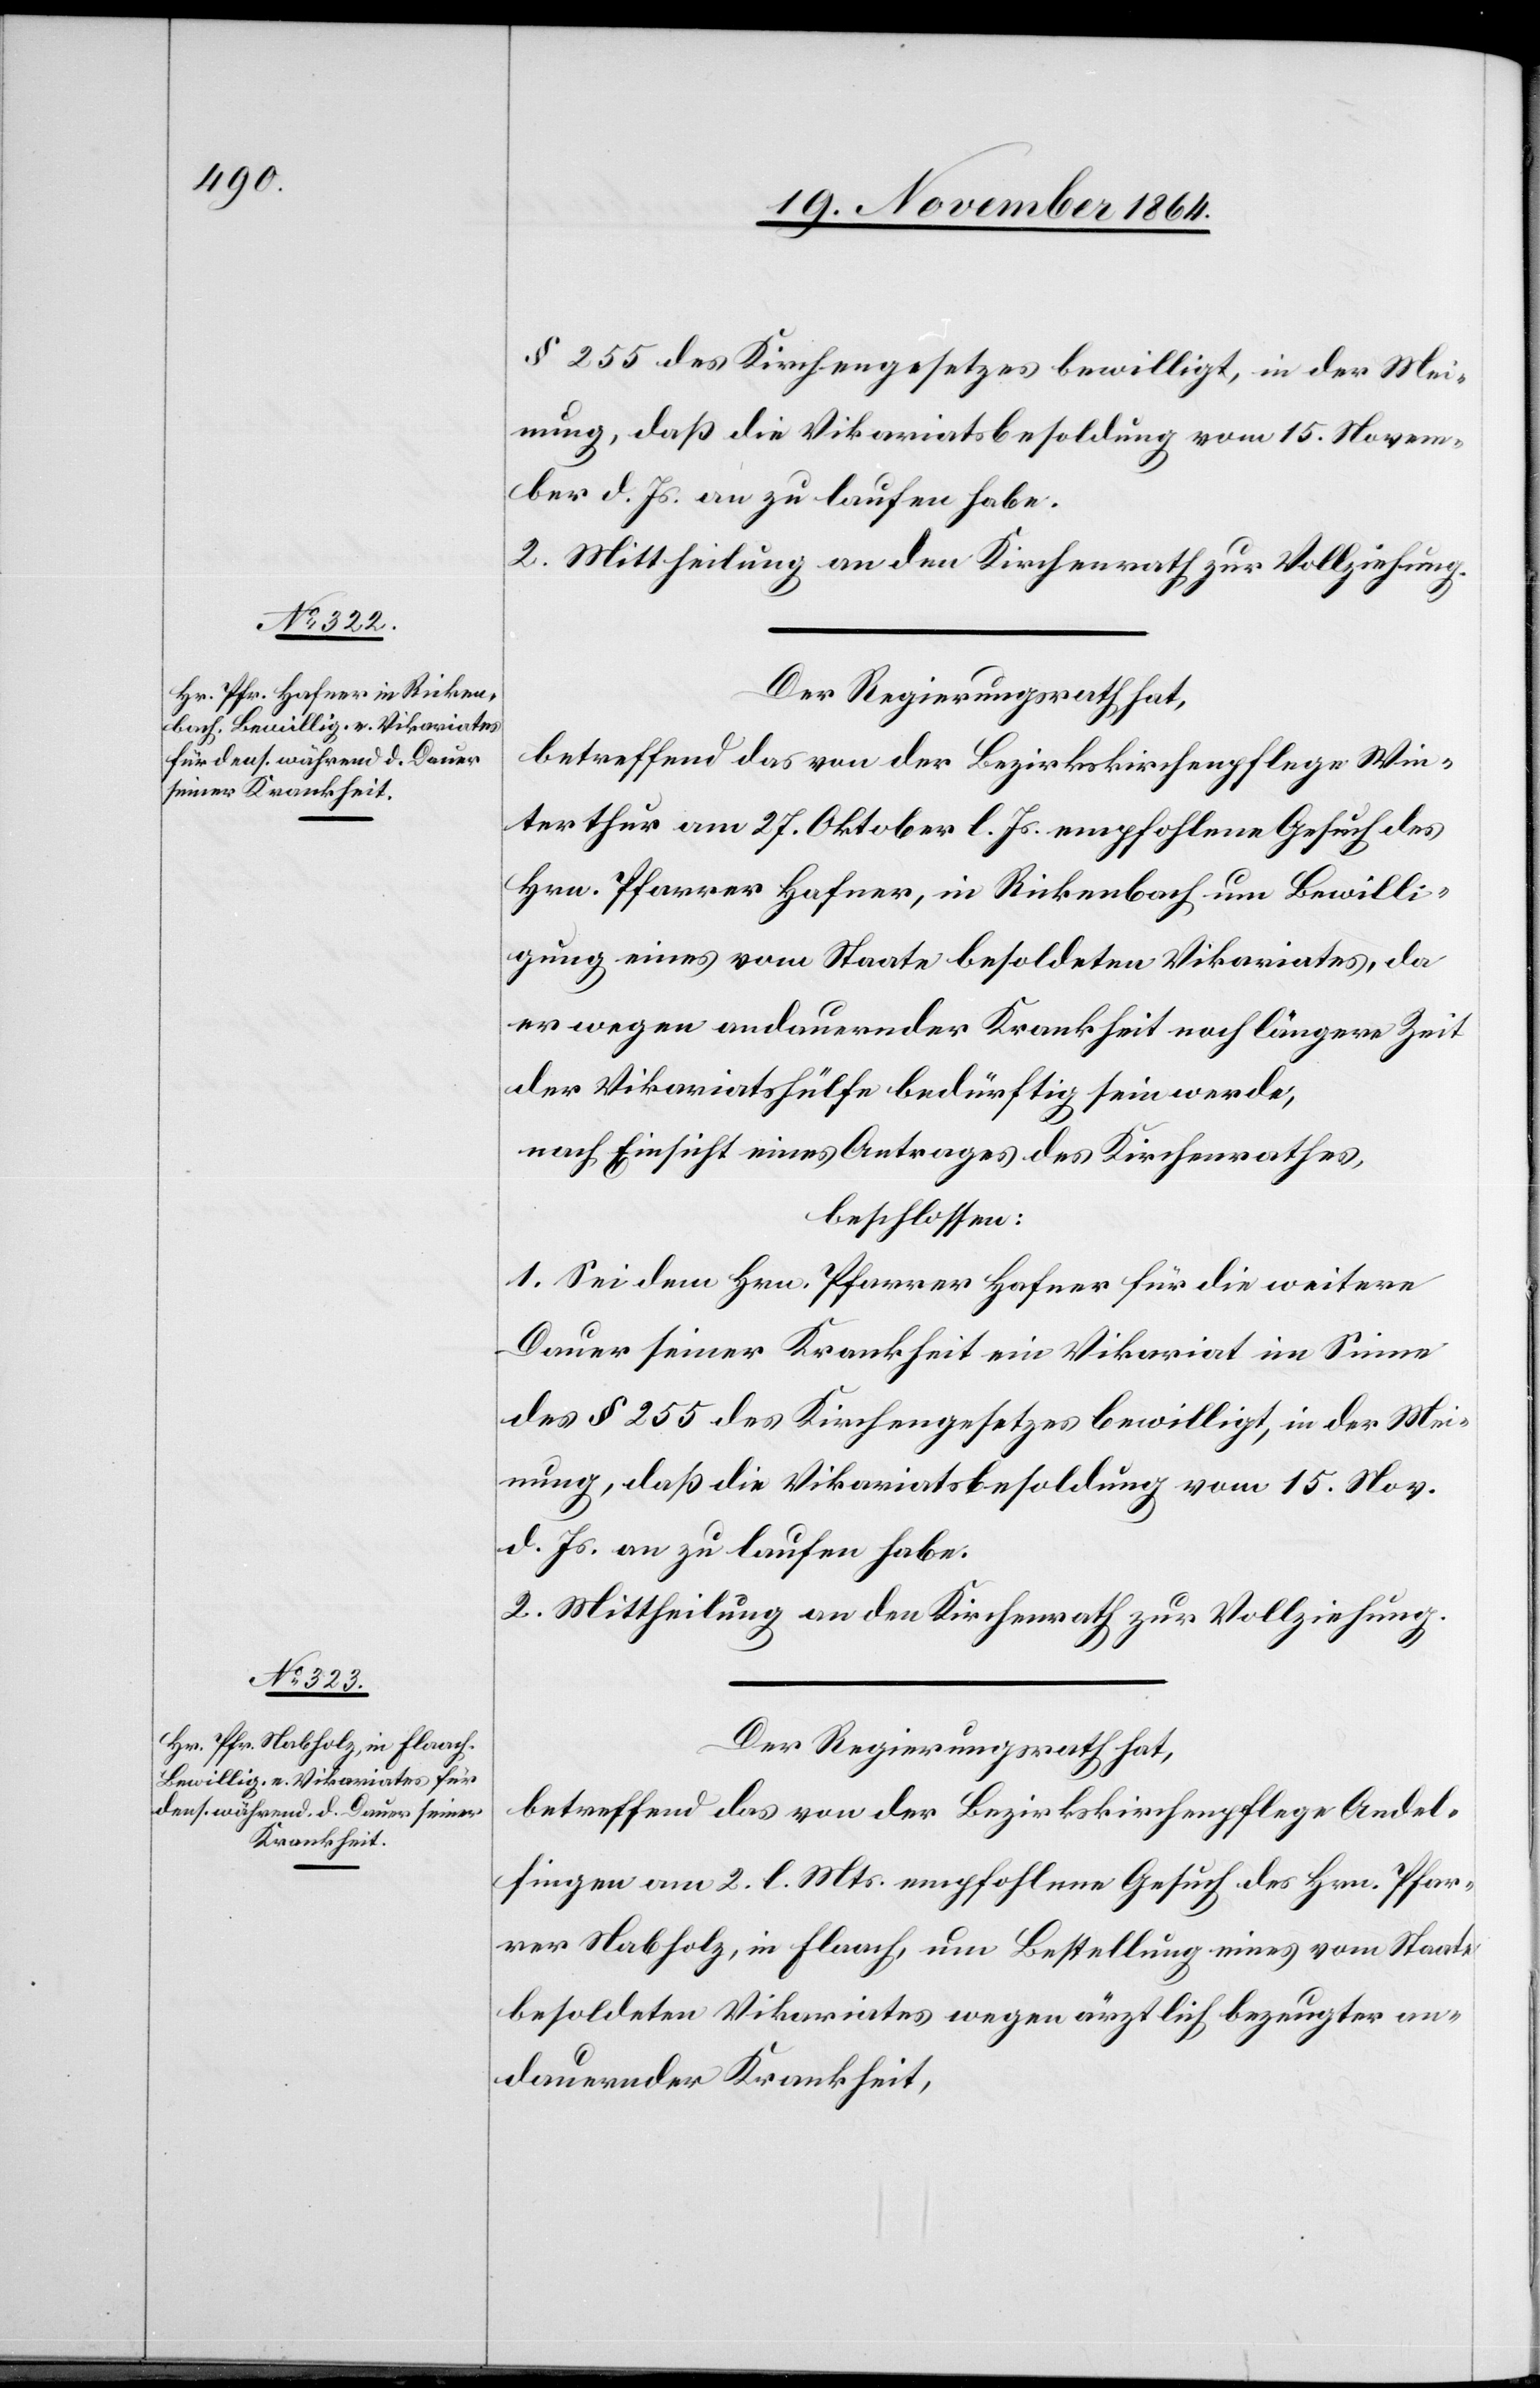
§ 255 des Kirchengesetzes bewilligt, in der Mei¬
nung, daß die Vikariatsbesoldung vom 15. Novem¬
ber d. Js. an zu laufen habe.
2. Mittheilung an den Kirchenrath zur Vollziehung.
Der Regierungsrath hat,
betreffend das von der Bezirkskirchenpflege Win¬
terthur am 27. Oktober l. Js. empfohlene Gesuch des
Hrn. Pfarrer Hafner, in Rickenbach um Bewilli¬
gung eines vom Staate besoldeten Vikariates, da
er wegen andauernder Krankheit noch längere Zeit
der Vikariatshülfe bedürftig sein werde,
nach Einsicht eines Antrages des Kirchenrathes,
beschlossen:
1. Sei dem Hrn. Pfarrer Hafner für die weitere
Dauer seiner Krankheit ein Vikariat im Sinne
des § 255 des Kirchengesetzes bewilligt, in der Mei¬
nung, daß die Vikariatsbesoldung vom 15. Nov.
d. Js. an zu laufen habe.
2. Mittheilung an den Kirchenrath zur Vollziehung.
Der Regierungsrath hat,
betreffend das von der Bezirkskirchenpflege Andel¬
fingen am 2. l. Mts. empfohlene Gesuch des Hrn. Pfar¬
rer Nabholz, in Flaach, um Bestellung eines vom Staate
besoldeten Vikariates wegen ärztlich bezeugter an¬
dauernder Krankheit,